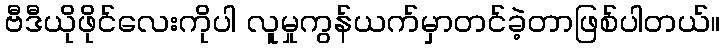
ဗီဒီယိုဖိုင်လေးကိုပါ လူမှုကွန်ယက်မှာတင်ခဲ့တာဖြစ်ပါတယ်။